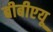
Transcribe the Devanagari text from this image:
बीबीएयू